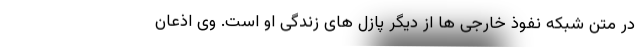
در متن شبکه نفوذ خارجی ها از دیگر پازل های زندگی او است. وی اذعان